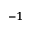
^ { - 1 }